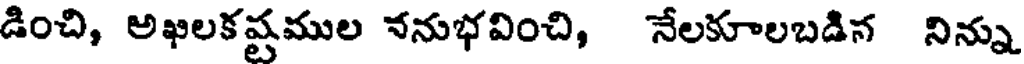
డించి, అఖిలకష్టముల ననుభవించి, నేలకూలబడిన నిన్ను